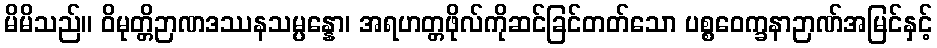
မိမိသည်။ ဝိမုတ္တိဉာဏဒဿနသမ္ပန္နော၊ အရဟတ္တဖိုလ်ကိုဆင်ခြင်တတ်သော ပစ္စဝေက္ခနာဉာဏ်အမြင်နှင့်